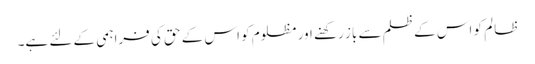
ظالم کو اس کے ظلم سے باز رکھنے اور مظلوم کو اس کے حق کی فراہمی کے لئے ہے۔